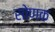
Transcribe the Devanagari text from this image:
सोणक